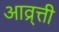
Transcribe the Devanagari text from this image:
आव्र्त्ती